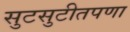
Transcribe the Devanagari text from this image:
सुटसुटीतपणा